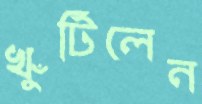
খুঁটিলেন